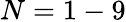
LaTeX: N=1-9